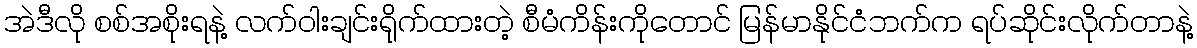
အဲဒီလို စစ်အစိုးရနဲ့ လက်ဝါးချင်းရိုက်ထားတဲ့ စီမံကိန်းကိုတောင် မြန်မာနိုင်ငံဘက်က ရပ်ဆိုင်းလိုက်တာနဲ့